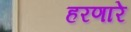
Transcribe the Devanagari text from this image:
हरणारे